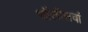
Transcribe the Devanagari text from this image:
चॉलीसवां